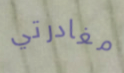
مغادرتي